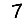
Digit: 7